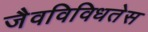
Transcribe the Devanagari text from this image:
जैवविविधतेस